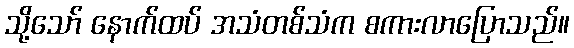
သို့သော် နောက်ထပ် အသံတစ်သံက စကားလာပြောသည်။